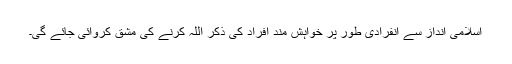
اسلامی انداز سے انفرادی طور پر خواہش مند افراد کی ذکر اللہ کرنے کی مشق کروائی جائے گی۔